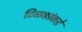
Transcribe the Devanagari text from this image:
टिळकांकडे